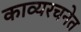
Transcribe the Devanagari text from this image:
काव्यरचनेत